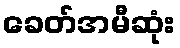
ခေတ်အမီဆုံး